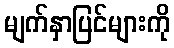
မျက်နှာပြင်များကို